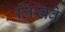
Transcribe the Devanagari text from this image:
लिखवे